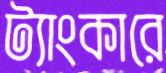
ট্যাংকারে